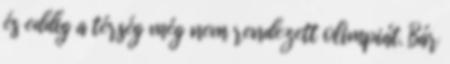
és eddig a térség még nem rendezett olimpiát. Bár